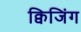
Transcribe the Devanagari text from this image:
क्विजिंग